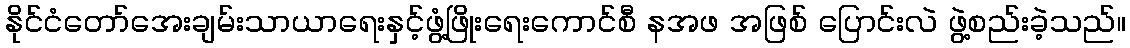
နိုင်ငံတော်အေးချမ်းသာယာရေးနှင့်ဖွံ့ဖြိုးရေးကောင်စီ နအဖ အဖြစ် ပြောင်းလဲ ဖွဲ့စည်းခဲ့သည်။